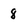
Character: 8